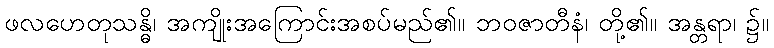
ဖလဟေတုသန္ဓိ၊ အကျိုးအကြောင်းအစပ်မည်၏။ ဘဝဇာတီနံ၊ တို့၏။ အန္တရာ၊ ၌။